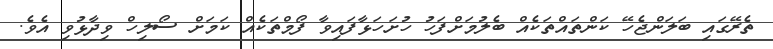
ތެރޭގައި ބަލަންޖެހޭ ކަންތައްތަކެއް ބެލުމަށްފަހު ހުށަހަޅާފައިވާ ފޯމްތަކެއް ކަމަށް ސޯލިހް ވިދާޅުވި އެވެ.